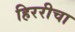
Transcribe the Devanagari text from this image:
हिररीचा